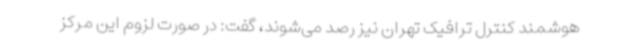
هوشمند کنترل ترافیک تهران نیز رصد می‌شوند، گفت: در صورت لزوم این مرکز